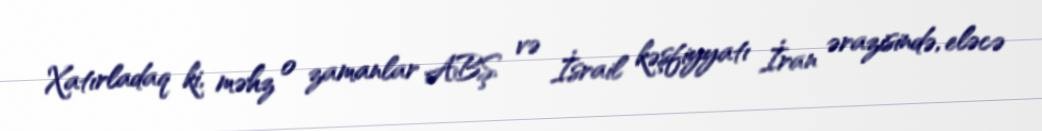
Xatırladaq ki, məhz o zamanlar ABŞ və İsrail kəşfiyyatı İran ərazisində, eləcə